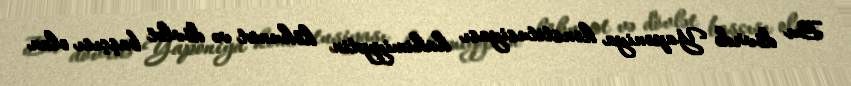
Bu dövrdə Yaponiya konstitusiyası hakimiyyətin hökumət və dövlət başçısı olan